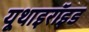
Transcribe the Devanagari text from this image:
यूथाइरॉइड